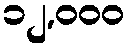
၁၂,၀၀၀